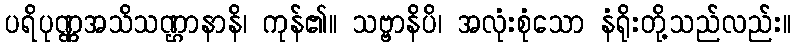
ပရိပုဏ္ဏအသိသဏ္ဌာနာနိ၊ ကုန်၏။ သဗ္ဗာနိပိ၊ အလုံးစုံသော နံရိုးတို့သည်လည်း။